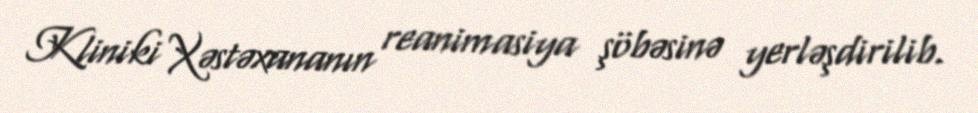
Kliniki Xəstəxananın reanimasiya şöbəsinə yerləşdirilib.